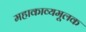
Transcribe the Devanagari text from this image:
महाकाव्यमूलक